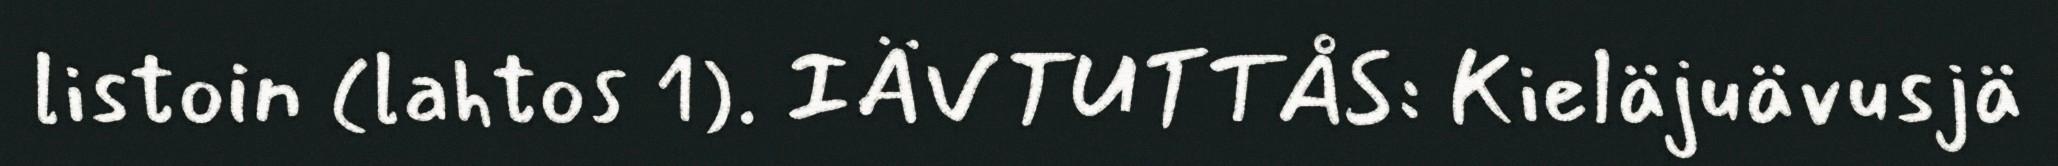
listoin (lahtos 1). IÄVTUTTÅS: Kieläjuävusjä